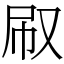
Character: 㕞